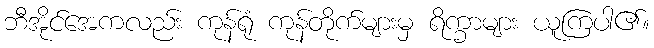
ဘီအိုင်အေကလည်း ကုန်ရုံ ကုန်တိုက်များမှ ရိက္ခာများ ယူကြပါ၏။